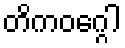
တိကဝဂ္ဂေါ